Civil Veterinary Department. Madras. Admin. report 1910-25 - 1910-1925
Year: 1910
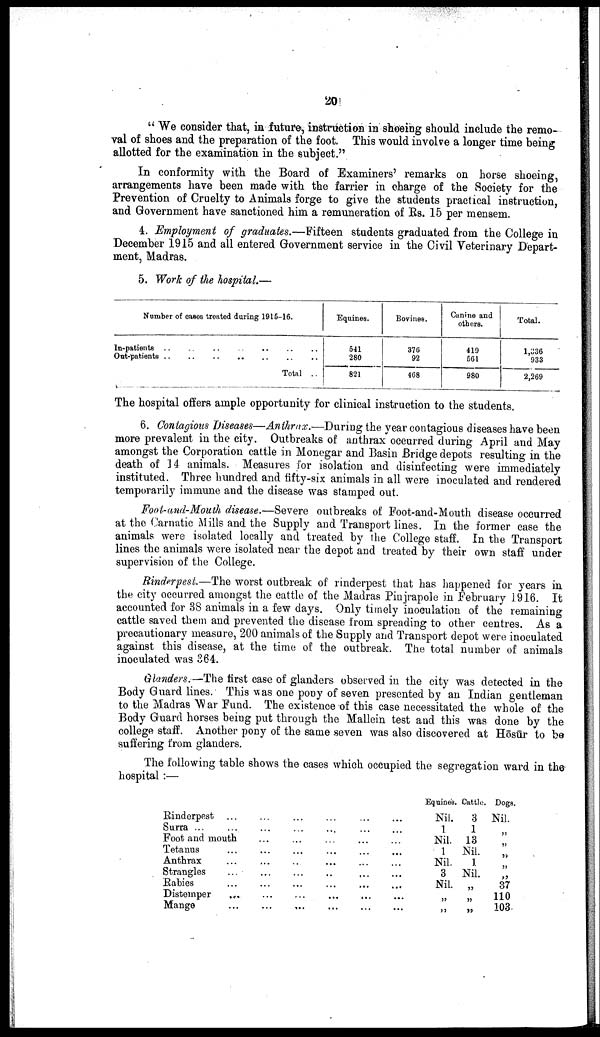
20
" We consider that, in future, instruction in shoeing should include the remo
val of shoes and the preparation of the foot. This would involve a longer time being
allotted for the examination in the subject."
In conformity with the Board of Examiners' remarks on horse shoeing,
arrangements have been made with the farrier in charge of the Society for the
Prevention of Cruelty to Animals forge to give the students practical instruction,
and Government have sanctioned him a remuneration of Rs. 15 per mensem.
4. Employment of graduates.—Fifteen students graduated from the College in
December 1915 and all entered Government service in the Civil Veterinary Depart
ment, Madras.
5. Work of the hospital.—
Number of cases treated daring 1915-16.
In-patients .. .. .. .. .. .. ..
Out-patients
..
..
..
..
..
..
..
Total ..
Equines.
541
280
821
Bovines.
376
92
468
Canine and
others.
419
561
980
Total.
1,336
933
2,269
The hospital offers ample opportunity for clinical instruction to the students.
6. Contagious Diseases—Anthrax.—During the year contagious diseases have been
more prevalent in the city. Outbreaks of anthrax occurred during April and May
amongst the Corporation cattle in Monegar and Basin Bridge depots resulting in the
death of 14 animals. Measures for isolation and disinfecting were immediately
instituted. Three hundred and fifty-six animals in all were inoculated and rendered
temporarily immune and the disease was stamped out.
Foot-and-Mouth disease.—Severe outbreaks of Foot-and-Mouth disease occurred
at the Carnatic Mills and the Supply and Transport lines. In the former case the
animals were isolated locally and treated by the College staff. In the Transport
lines the animals were isolated near the depot and treated by their own staff under
supervision of the College.
Rinderpest.—The worst outbreak of rinderpest that has happened for years in
the city occurred amongst the cattle of the Madras Pinjrapole in February 1916. It
accounted for 38 animals in a few days. Only timely inoculation of the remaining
cattle saved them and prevented the disease from spreading to other centres. As a
precautionary measure, 200 animals of the Supply and Transport depot were inoculated
against this disease, at the time of the outbreak. The total number of animals
inoculated was 364.
Glanders.—The first case of glanders observed in the city was detected in the
Body Guard lines. This was one pony of seven presented by an Indian gentleman
to the Madras War Fund. The existence of this case necessitated the whole of the
Body Guard horses being put through the Mallein test and this was done by the
college staff. Another pony of the same seven was also discovered at Hōsūr to be
suffering from glanders.
The following table shows the cases which occupied the segregation ward in the
hospital :—
Rinderpest ...
Surra ... ...
Foot and mouth
Tetanus ...
Anthrax ...
Strangles
...
Rabies ...
Distemper
...
Mange ...
...
...
...
...
...
...
...
...
...
...
...
...
...
..
...
...
...
...
...
...
...
...
...
..
...
...
...
...
...
...
...
...
...
...
...
...
...
...
...
...
...
...
...
...
...
Equines.
Nil.
1
Nil.
1
Nil.
3
Nil.
„
„
Cattle.
3
1
13
Nil.
1
Nil.
„
„
„
Dogs.
Nil.
„
„
„
„
„
37
110
103